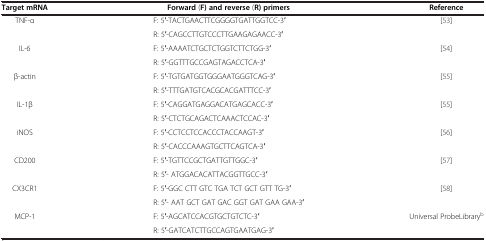
<table><thead><tr><td><b>Target mRNA</b></td><td><b>Forward (F) and reverse (R) primers</b></td><td><b>Reference</b></td></tr></thead><tbody><tr><td>TNF-α</td><td>F: 5′-TACTGAACTTCGGGGTGATTGGTCC-3′</td><td>[53]</td></tr><tr><td> </td><td>R: 5′-CAGCCTTGTCCCTTGAAGAGAACC-3′</td><td> </td></tr><tr><td>IL-6</td><td>F: 5′-AAAATCTGCTCTGGTCTTCTGG-3′</td><td>[54]</td></tr><tr><td> </td><td>R: 5′-GGTTTGCCGAGTAGACCTCA-3′</td><td> </td></tr><tr><td>β-actin</td><td>F: 5′-TGTGATGGTGGGAATGGGTCAG-3′</td><td>[55]</td></tr><tr><td> </td><td>R: 5′-TTTGATGTCACGCACGATTTCC-3′</td><td> </td></tr><tr><td>IL-1β</td><td>F: 5′-CAGGATGAGGACATGAGCACC-3′</td><td>[55]</td></tr><tr><td> </td><td>R: 5′-CTCTGCAGACTCAAACTCCAC-3′</td><td> </td></tr><tr><td>iNOS</td><td>F: 5′-CCTCCTCCACCCTACCAAGT-3′</td><td>[56]</td></tr><tr><td> </td><td>R: 5′-CACCCAAAGTGCTTCAGTCA-3′</td><td> </td></tr><tr><td>CD200</td><td>F: 5′-TGTTCCGCTGATTGTTGGC-3′</td><td>[57]</td></tr><tr><td> </td><td>R: 5′- ATGGACACATTACGGTTGCC-3′</td><td> </td></tr><tr><td>CX3CR1</td><td>F: 5′-GGC CTT GTC TGA TCT GCT GTT TG-3′</td><td>[58]</td></tr><tr><td> </td><td>R: 5′- AAT GCT GAT GAC GGT GAT GAA GAA-3′</td><td> </td></tr><tr><td>MCP-1</td><td>F: 5′-AGCATCCACGTGCTGTCTC-3′</td><td>Universal ProbeLibrary<sup>b</sup></td></tr><tr><td> </td><td>R: 5′-GATCATCTTGCCAGTGAATGAG-3′</td><td> </td></tr></tbody></table>